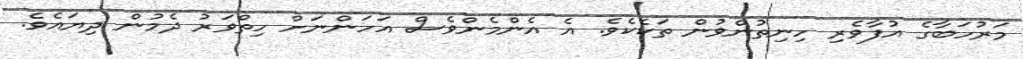
މަރުހަބާގެ އުފާވެރި ހިނިތުންވުން ތަކެކެވެ. އެ އެންމެންވެސް އަހަންނަށް ހިތްވަރު ދެމުން ދިޔައެވެ.